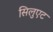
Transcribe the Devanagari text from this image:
सिलुएट